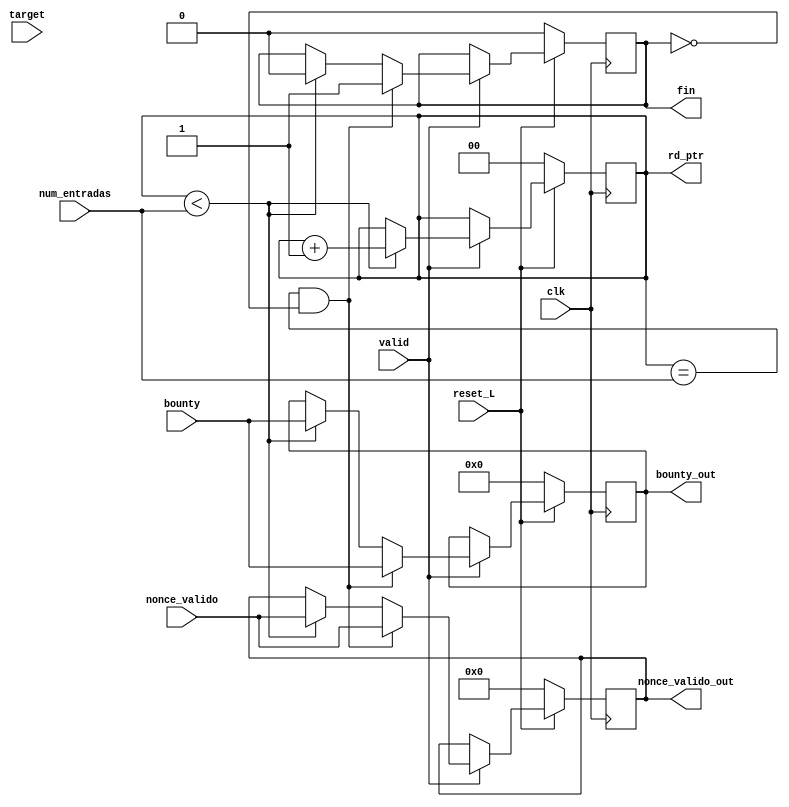
`timescale 1ns / 10ps

module salidas(
    //Entradas
    input                             clk, 
    input [7:0] target,
    input valid,
    input                             reset_L,
    input [23:0] bounty,
    input [1:0] num_entradas,  //Mximo ndice de la cantidad de entradas a descifrar
    input [31:0] nonce_valido,
    output reg [1:0]            rd_ptr,
    output reg [23:0] bounty_out,
    output reg [31:0] nonce_valido_out,
    output reg fin);

    always@(posedge clk) begin
        
        if ( reset_L == 0 )begin
            rd_ptr <= 0;
            bounty_out <= 0;
            fin <= 0;
            nonce_valido_out <= 0;
        
        end
        else begin
            if (valid == 1) begin
                if (rd_ptr < num_entradas) begin
                    rd_ptr <= rd_ptr + 1;
                    bounty_out <= bounty; 
                    nonce_valido_out <= nonce_valido;
                    fin <= 0;

                end
                if ((rd_ptr == num_entradas) && fin == 0) begin
                    nonce_valido_out <= nonce_valido;
                    bounty_out <= bounty;
                    fin <= 1;
                end
                
                
            end           
        end
         
    end

endmodule
// 	//bloque_in [127:0] = 128'h397d9f2f40ca9e6c6b1f3324fded873c;
// 	//bloque_in [127:0] = 128'hed18be0f984ae0e2e3128efe0fa23491;
// 	bloque_in [127:0] = 128'h8855c7ac8b73f8f29701eff1ba0f98b3;